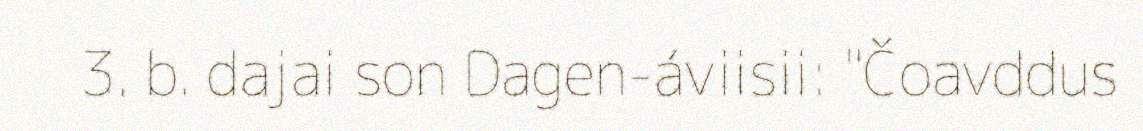
3. b. dajai son Dagen-áviisii: "Čoavddus